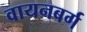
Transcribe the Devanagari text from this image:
वायनबर्ग